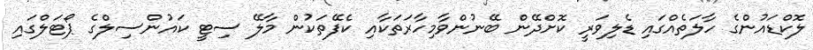
ލޮކްޑައުންގެ ހާލަތެއްގައި ޑެލިވަރީ ކޮށްދޭން ބޭނުންވާމިހާރަތަކާއި ކެފޭތަކުން މާލޭ ސިޓީ ކައުންސިލްގެ ޕޯޓަލްގައި